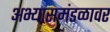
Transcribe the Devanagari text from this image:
अभ्यासमंडळावर